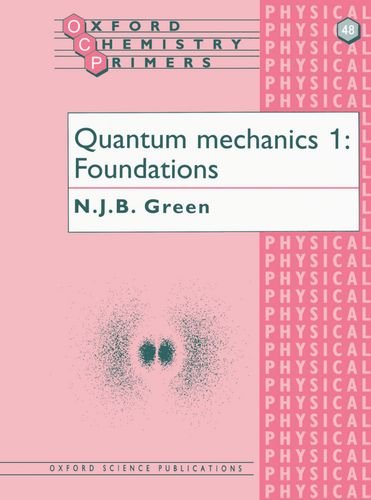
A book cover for Quantum Mechanics 1: Foundations (Oxford Chemistry Primers) (v. 1); N. J. B. Green; Science & Math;